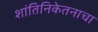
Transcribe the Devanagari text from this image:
शांतिनिकेतनाचा